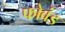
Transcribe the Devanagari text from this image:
फोवंड